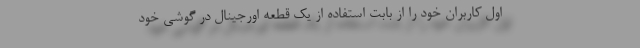
اول کاربران خود را از بابت استفاده از یک قطعه اورجینال در گوشی خود